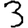
Digit: 3